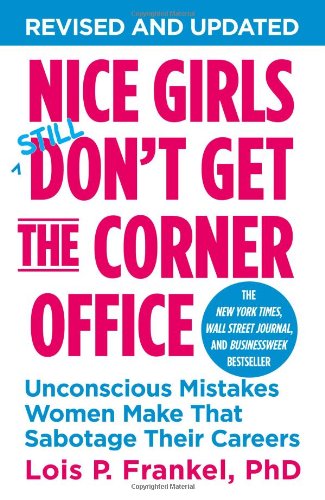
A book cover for Nice Girls Don't Get the Corner Office: Unconscious Mistakes Women Make That Sabotage Their Careers (A NICE GIRLS Book); Lois P. Frankel; Self-Help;